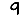
Digit: 9